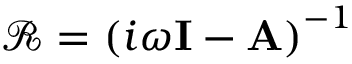
\mathbf { \mathcal { R } } = \left( i \omega \mathbf { I } - \mathbf { A } \right) ^ { - 1 }